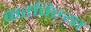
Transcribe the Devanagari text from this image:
करविल्या